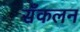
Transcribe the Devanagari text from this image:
सँकलन